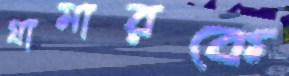
গ্রামারকে